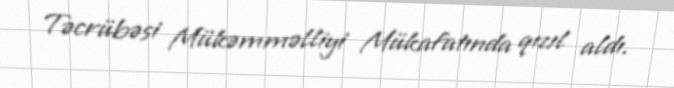
Təcrübəsi Mükəmməlliyi Mükafatında qızıl aldı.